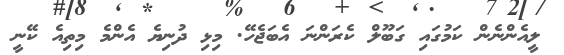
ލީއެންނެން ކަމުގައި ގަބޫލް ކެރަންނަ އެބަޖެހޭ. މިޅި ދުނިޔެ އެންމެ މިތިއެ ކޭނީ